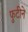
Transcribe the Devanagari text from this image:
फुटीने